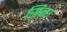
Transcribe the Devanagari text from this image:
सिन्घ